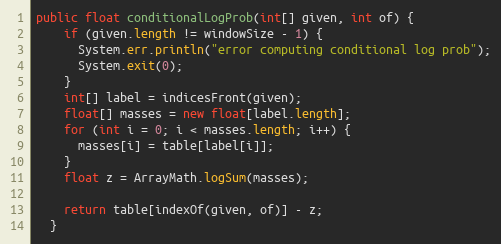
Language: Java
public float conditionalLogProb(int[] given, int of) {
    if (given.length != windowSize - 1) {
      System.err.println("error computing conditional log prob");
      System.exit(0);
    }
    int[] label = indicesFront(given);
    float[] masses = new float[label.length];
    for (int i = 0; i < masses.length; i++) {
      masses[i] = table[label[i]];
    }
    float z = ArrayMath.logSum(masses);

    return table[indexOf(given, of)] - z;
  }